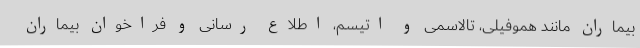
بیماران مانند هموفیلی، تالاسمی و اتیسم، اطلاع رسانی و فراخوان بیماران